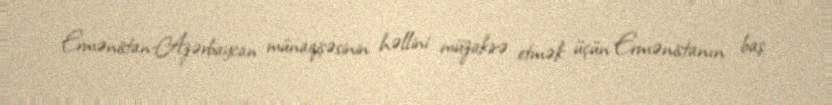
Ermənistan-Azərbaycan münaqişəsinin həllini müzakirə etmək üçün Ermənistanın baş